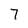
Character: 7